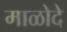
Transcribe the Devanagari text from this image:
माळोदे